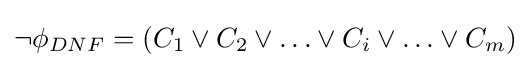
\lnot \phi _{DNF}=(C_{1}\lor C_{2}\lor \ldots \lor C_{i}\lor \ldots \lor C_{m})